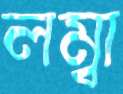
লম্বা